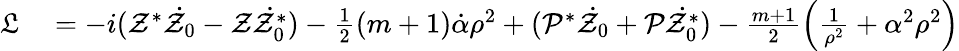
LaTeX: \begin{array}{rl}{\mathfrak{L}}&{{}=-i(\mathcal{Z}^{*}\dot{\mathcal{Z}_{0}}-\mathcal{Z}\dot{\mathcal{Z}_{0}^{*}})-\frac{1}{2}(m+1)\dot{\mathcal{\alpha}}\rho^{2}+(\mathcal{P}^{*}\dot{\mathcal{Z}_{0}}+\mathcal{P}\dot{\mathcal{Z}_{0}^{*}})-\frac{m+1}{2}\left(\frac{1}{\rho^{2}}+\alpha^{2}\rho^{2}\right)}\end{array}